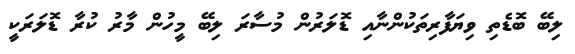
ލިބޭ ބޮޑެތި ވިޔަފާރިތަކުންނާއި ޑޮލަރުން މުސާރަ ލިބޭ މީހުން މާރު ކުރާ ޑޮލަރަކީ